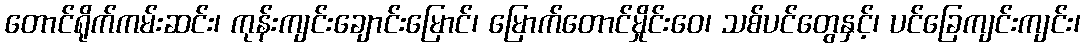
တောင်ရိုက်ကမ်းဆင်း၊ ကုန်းကျင်းချောင်းမြောင်၊ မြောက်တောင်မှိုင်းဝေ၊ သစ်ပင်တွေနှင့်၊ ပင်ခြေကျင်းကျင်း၊